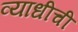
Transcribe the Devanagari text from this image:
व्याधीची